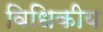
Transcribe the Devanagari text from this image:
विधिकीय